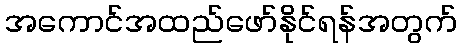
အကောင်အထည်ဖော်နိုင်ရန်အတွက်